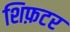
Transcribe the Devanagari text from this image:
शिफ़टर